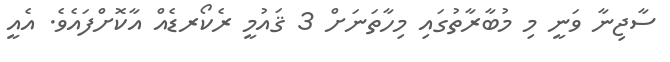
ސާޖިނާ ވަނީ މި މުބާރާތުގައި މިހާތަނަށް 3 ޤައުމީ ރެކޯރޑެއް އާކޮށްފައެވެ. އެއީ